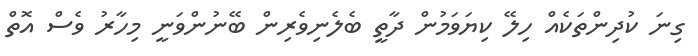
ގިނަ ކުދިންތަކެއް ހިލޭ ކިޔަވަމުން ދާތީ ބެލެނިވެރިން ބޭނުންވަނީ މިހާރު ވެސް އޮތް